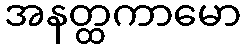
အနတ္ထကာမော